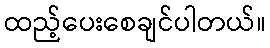
ထည့်ပေးစေချင်ပါတယ်။